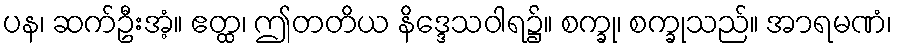
ပန၊ ဆက်ဦးအံ့။ ဧတ္ထ၊ ဤတတိယ နိဒ္ဒေသဝါရ၌။ စက္ခု၊ စက္ခုသည်။ အာရမဏံ၊